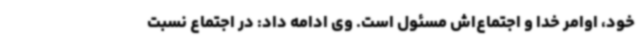
خود، اوامر خدا و اجتماع‌اش مسئول است. وی ادامه داد: در اجتماع نسبت